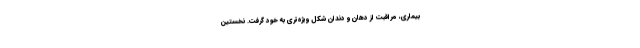
بیماری، مراقبت از دهان‌ و دندان شکل ویژه‌تری به خود گرفت. نخستین